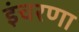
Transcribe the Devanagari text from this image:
इंचरणा